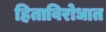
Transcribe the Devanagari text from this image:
हिताविरोधात